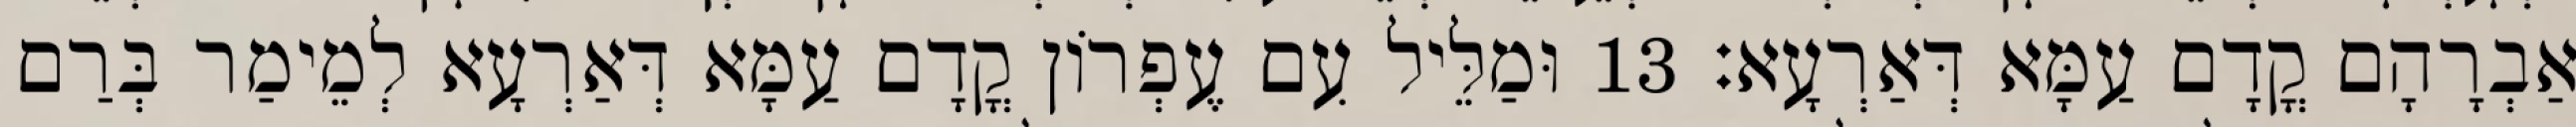
אַבְרָהָם קֳדָם עַמָּא דְּאַרְעָא׃ 13 וּמַלֵּיל עִם עֶפְרוֹן קֳדָם עַמָּא דְּאַרְעָא לְמֵימַר בְּרַם